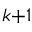
_ { k + 1 }